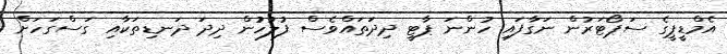
އެމްޑީޕީގެ ސަޕޯޓަރުން ނަގާފައި ހުންނަ ޕާޓީ ދިދަތައްވެސް ފުލުހުުން ދިދަ ދަނޑިތަކާއި ގަސްގަހަށް